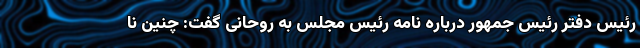
رئیس دفتر رئیس جمهور درباره نامه رئیس مجلس به روحانی گفت: چنین نا